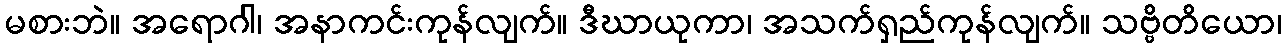
မစားဘဲ။ အရောဂါ၊ အနာကင်းကုန်လျက်။ ဒီဃာယုကာ၊ အသက်ရှည်ကုန်လျက်။ သဗ္ဗိတိယော၊